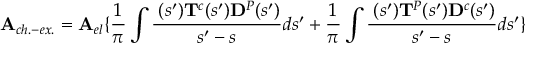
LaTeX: { \bf A } _ { c h . - e x . } = { \bf A } _ { e l } \{ { \frac 1 \pi } \int { \frac { { \bf \rho } ( s ^ { \prime } ) { \bf T } ^ { c } ( s ^ { \prime } ) { \bf { \cal D } } ^ { P } ( s ^ { \prime } ) } { s ^ { \prime } - s } } d s ^ { \prime } + { \frac 1 \pi } \int { \frac { { \bf \rho } ( s ^ { \prime } ) { \bf T } ^ { P } ( s ^ { \prime } ) { \bf { \cal D } } ^ { c } ( s ^ { \prime } ) } { s ^ { \prime } - s } } d s ^ { \prime } \} \,